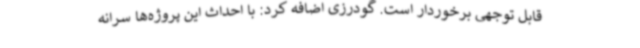
قابل توجهی برخوردار است. گودرزی اضافه کرد: با احداث این پروژه‌ها سرانه